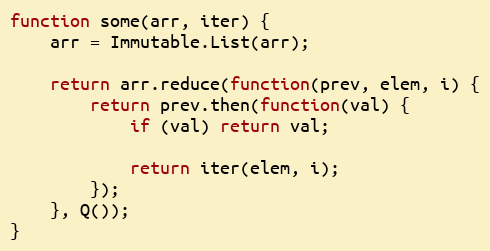
Language: JavaScript
function some(arr, iter) {
    arr = Immutable.List(arr);

    return arr.reduce(function(prev, elem, i) {
        return prev.then(function(val) {
            if (val) return val;

            return iter(elem, i);
        });
    }, Q());
}